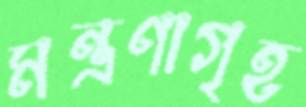
মন্ত্রণাগৃহ